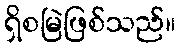
ရှိစမြဲဖြစ်သည်။